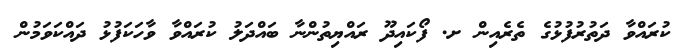
ކުރައްވާ ދަތުރުފުޅުގެ ތެރެއިން ށ. ފޯކައިދޫ ރައްޔިތުންނާ ބައްދަލު ކުރައްވާ ވާހަކަފުޅު ދައްކަވަމުން